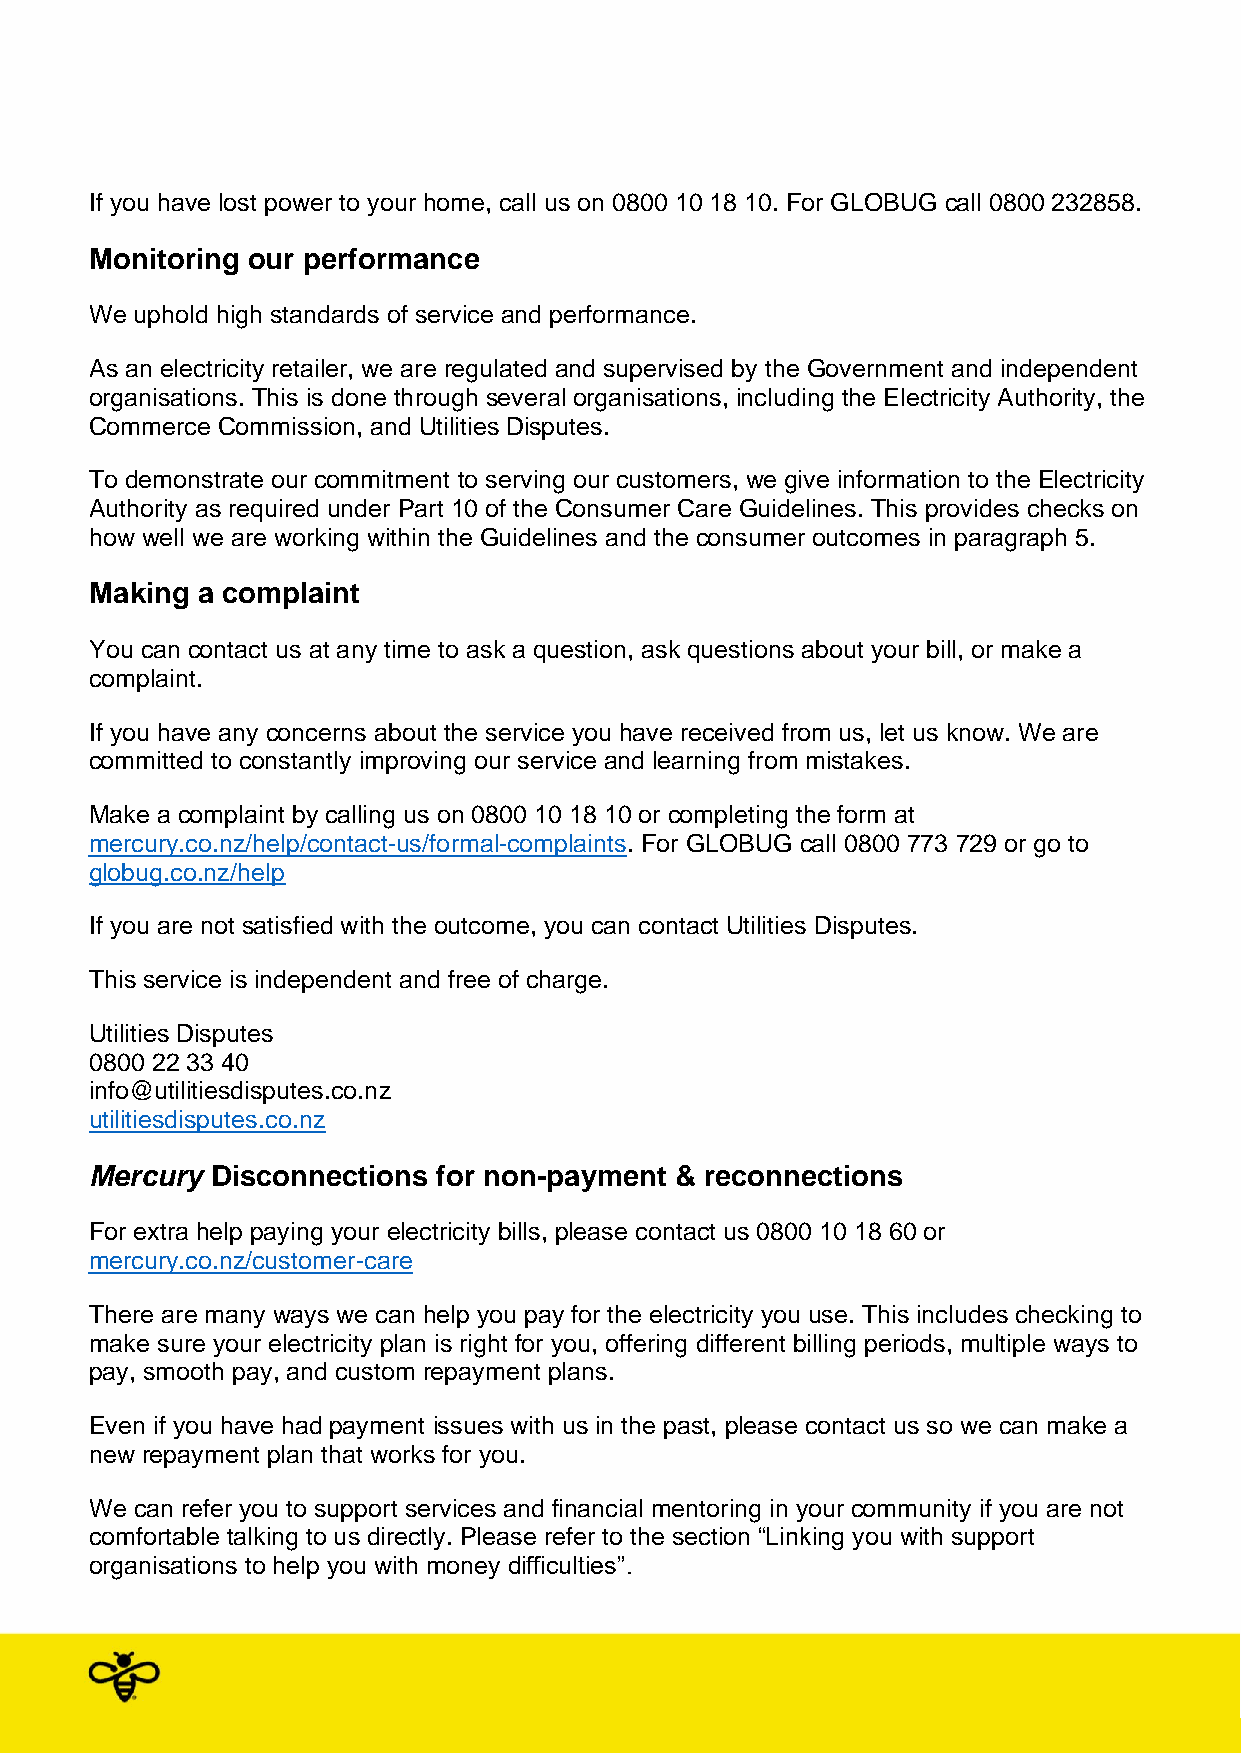
If you have lost power to your home, call us on 0800 10 18 10. For GLOBUG call 0800 232858.
 Monitoring our performance
 We uphold high standards of service and performance.
 As an electricity retailer, we are regulated and supervised by the Government and independent
 organisations. This is done through several organisations, including the Electricity Authority, the
 Commerce Commission, and Utilities Disputes.
 To demonstrate our commitment to serving our customers, we give information to the Electricity
 Authority as required under Part 10 of the Consumer Care Guidelines. This provides checks on
 how well we are working within the Guidelines and the consumer outcomes in paragraph 5.
 Making a complaint
 You can contact us at any time to ask a question, ask questions about your bill, or make a
 complaint.
 If you have any concerns about the service you have received from us, let us know. We are
 committed to constantly improving our service and learning from mistakes.
 Make a complaint by calling us on 0800 10 18 10 or completing the form at
 mercury.co.nz/help/contact-us/formal-complaints. For GLOBUG call 0800 773 729 or go to
 globug.co.nz/help
 If you are not satisfied with the outcome, you can contact Utilities Disputes.
 This service is independent and free of charge.
 Utilities Disputes
 0800 22 33 40
 info@utilitiesdisputes.co.nz
 utilitiesdisputes.co.nz
 Mercury Disconnections for non-payment & reconnections
 For extra help paying your electricity bills, please contact us 0800 10 18 60 or
 mercury.co.nz/customer-care
 There are many ways we can help you pay for the electricity you use. This includes checking to
 make sure your electricity plan is right for you, offering different billing periods, multiple ways to
 pay, smooth pay, and custom repayment plans.
 Even if you have had payment issues with us in the past, please contact us so we can make a
 new repayment plan that works for you.
 We can refer you to support services and financial mentoring in your community if you are not
 comfortable talking to us directly. Please refer to the section “Linking you with support
 organisations to help you with money difficulties”.